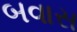
બવાસ